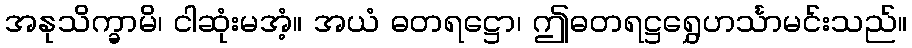
အနုသိက္ခာမိ၊ ငါဆုံးမအံ့။ အယံ ဓတရဋ္ဌော၊ ဤဓတရဋ္ဌရွှေဟင်္သာမင်းသည်။